Cholera in India, 1862 to 1881
Year: 1862
Disease focus: Cholera
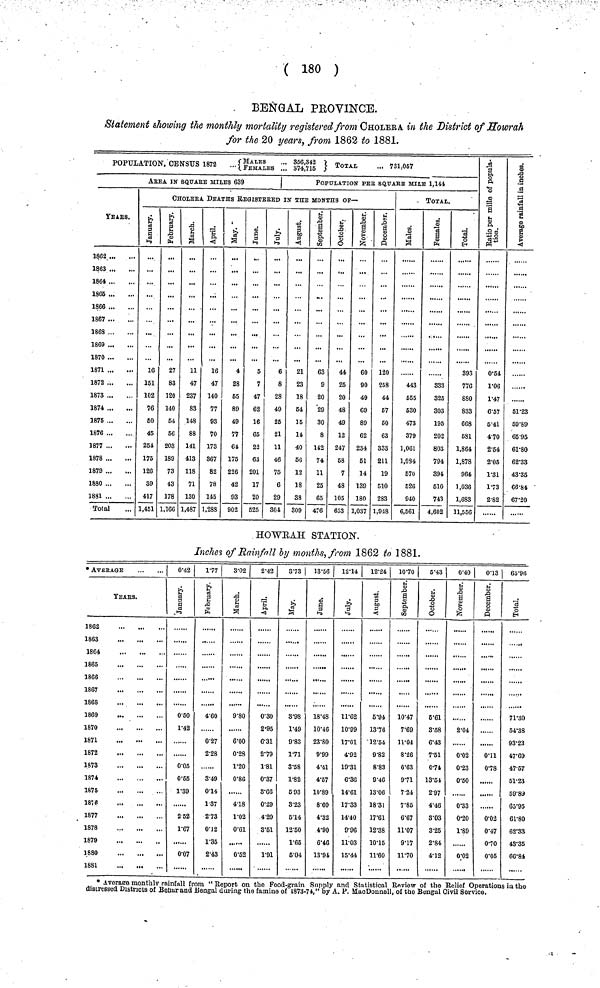
( 180 )
BENGAL PROVINCE.
Statement showing the monthly mortality registered from CHOLERA in the District of Howrah
for the 20 years, from 1862 to 1881.
POPULATION, CENSUS 1872
-{FEMALES '. 374,715 } TOTAL • 731,057
YEARS.
1862
1863
1864
1866
1866
1867
1868
1869
1870
1871
1872
1873
1874
1875
1876
1877
1878
1879
1880
1881
Total
AREA IN SQUARE MILES 639
1
POPULATION PEE SQUARE MILE 1,144
CHOLERA DEATHS REGISTERED IK THE MONTHS 0F—
January
16
161
102
76
50
45
254
175
126
39
417
1,451
February
27
83
120
140
54
56
203
189
73
43
178
1,166
March
11
47
237
83
148
88
141
413
118
71
130
1,487
April
16
47
140
77
93
70
173
867
82
78
145
1,288
May
4
28
65
89
49
77
64
175
226
42
93
902
June
5
7
47
62
16
65
22
63
201
17
20
525
July
6
8
28
49
25
21
11
46
75
6
29
304
August
21
23
18
54
16
14
40
56
12
18
38
309
September
63
9
20
29
30
8
142
74
11
25
65
476
Octomber
44
25
20
48
49
12
247
58
1
48
105
603
November
60
90
49
69
89
62
234
51
14
139
180
1,037
December
120
258
44
57
50
63
333
211
19
510
283
1,948
TOTAL.
Males
443
555
530
473
379
1,061
1,084
670
526
940
6,561
Females
833
325
303
195
202
803
794
394
610
743
4,602
Total
393
776
880
833
663
681
1,864
1,878
964
1,036
1,683
11,556
Ratio per mille of Population
0·54
1·06
1·47
6·57
5·41
4·70
2·54
2·05
1·31
1·73
2·82
Aver in inc
51·23
59·89
65·95
61·80
62·33
43·35
66·84
67·20
HOWRAH STATION.
Inches of Rainfall by months, from 1862 to 1881.
• AVERAGE
YEAR.
1862
1863
1864
1865
1866
1867
1868
1869
1870
1871
1872
1S73
1874
1875
1876
1877
1878
1879
1880
1881
0·42
January
0·50
1·42
0·05
0·55
1·39
2·52
1·67
0·07
1·77 |
February
4·60
0·27
2·28
3·49
0·14
1·37
2·73
0·12
1·35
2·43
3·02
March
9·80
6·00
0·28
1·20
0·86
4·18
1·02
0·61
0·62
2·42
April
0·30
2·95
6·31
2·79
1·81
0·37
8·66
0·29
4·20
3·51
1·91
3·73 |
May
8·98
1·49
9·83
1·71
3·58
1·82
5 93
3·23
6·14
12·50
1·65
5·04
13·56
June
18·48
10·46
23·80
9·99
4·41
4·57
10·89
8·60
4·32
4·90
6·46
13·94
12·14
July
11·62
10·99
17·01
4·92
19·31
6·36
14·61
17·33
14·40
9·96
11·03
15·44
12·24
August
5·94
13·76
12·54
9·82
8·83
9·46
13·06
18·31
17·61
12·38
10·15
11·60
1070
September
10·47
7·69
11·04
8·26
6·63
9·71
7·24
7·85
6·67
11·07
9·17
11·70
5·43
Octomber
6·61
3·68
6·43
7·51
0·74
13·51
2·97
4·46
3·03
3·25
2·84
4·12
0·40
November
2·04
0·02
0·23
0·50
0·33
0·20
1·89
0·02
0·13
December
0·11
0·78
0·02
0·47
0·70
0·05
65·96
Total
71·30
64·38
93·23
47·69
47·57
51·23
69·89
65·95
61·80
62·33
43·35
66·84
* Average monthly rainfall from "Report on the Food-grain Supply and Statistical Review of the Relief Operations in the
distressed Districts of Behar and .Bengal during the famine of 1873-72," by A. P. MacDonnell, of the Bengal Civil Service,